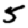
Digit: 5